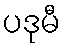
ပဒုမီ